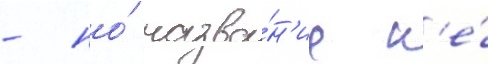
- но́ назва́н'ие н'е́